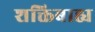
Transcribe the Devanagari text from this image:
शक्तिबाह्य